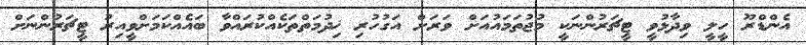
އެންޑްރޫ ހީލީ ވިދާޅުވީ ޓީޗަރުންނަކީ މުޖުތަމައުއަށް ވަރަށް އަގުހުރި ޚިދުމަތްތަކެއްކުރައްވާ ބައެއްކަމަށްވީއިރު ޓީޗަރުންނަށް